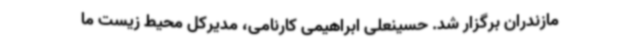
مازندران برگزار شد. حسینعلی ابراهیمی کارنامی، مدیرکل محیط زیست ما